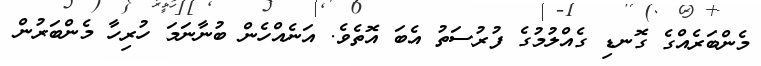
މެންބަރެއްގެ ގޮނޑި ގެއްލުމުގެ ފުރުސަތު އެބަ އޮތެވެ. އަނެއްހެން ބުނާނަމަ ހުރިހާ މެންބަރުން